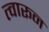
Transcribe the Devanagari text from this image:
त्वारून